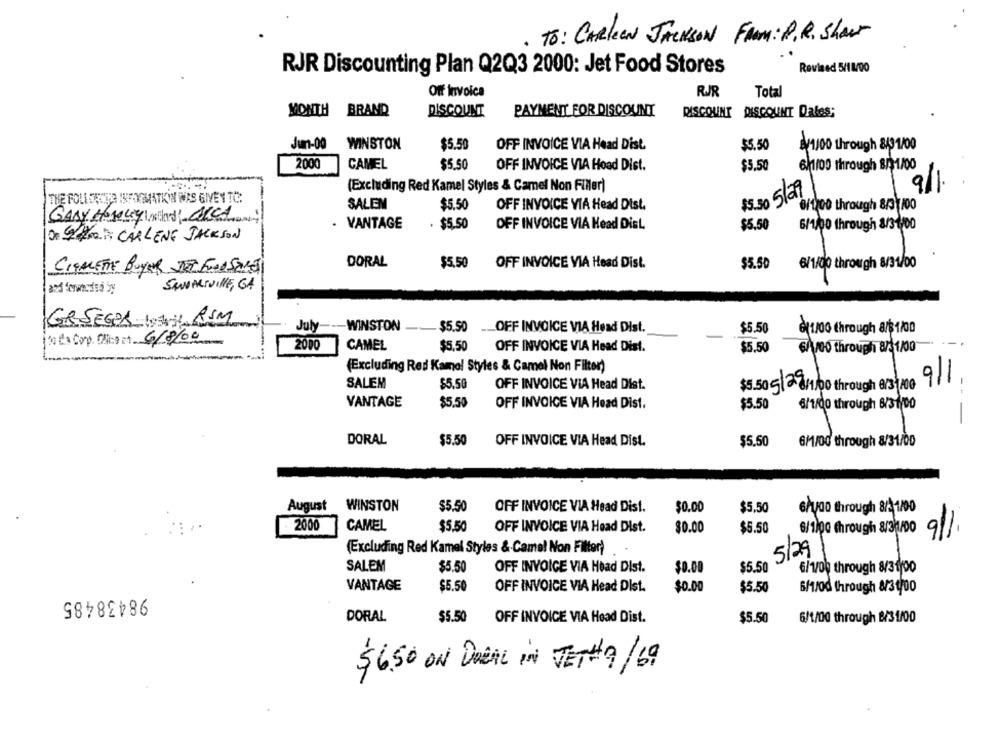
· TO: CARlean Jackson FROM: P.R. Show
RJR Discounting Plan Q2Q3 2000: Jet Food Stores
Revised 5/11/00
Off invoice
RJR
Total
MONTH BRAND
DISCOUNT
PAYMENT FOR DISCOUNT
DISCOUNT DISCOUNT Dales;
Jum-00
WINSTON
$5.50
OFF INVOICE VIA Head Dist.
$5,50
8/1100 through 8/31/00
2000
CAMEL
$5.50
OFF INVOICE VIA Head Dist.
$5.50
6/1100 through 8/1/00
(Excluding Red Kamel Styles & Camel Non Filler)
THE POLLDESSA INEINEMATKIN WAS GIVEN TO.
Slag
SALEM
$5.50
OFF INVOICE VIA Head Dist.
8/1700 through 8/31/00
GARY HONGy UCL
. VANTAGE
. $5.50
OFF INVOICE VIA Head Dist.
$5.50
6/1/00 through 8/31,00
DE ERROR CARLENE JACKSON
DORAL
$5.50
OFF INVOICE VIA Head Dist.
$5.50
6/1/00 through 8/31/00
CIGARETTE BUYER JET FOOD STRET
SAMARIVILLE, GA
GRSEGER 1; RSM
July
WINSTON
$5.50 __ OFF INVOICE VIA Head Dist.
$5.50
611/00 through a/$1/00
to do Corp. Cliche at 6/8/00
2000
CAMEL
$5.50
OFF INVOICE VIA Head Dist.
$5.50
6/100 through 8/1/00
(Excluding Red Kamal Styles & Camel Non Filter)
SALEM
$5.50
OFF INVOICE VIA Head Dist.
$5.50 5/ 2 01/00 through 6/3 /00
--
VANTAGE
$5.50
OFF INVOICE VIA Head Dist.
$5.50
6/1/00 through 8/31/00
-
DORAL
$5.50
OFF INVOICE VIA Head Dist.
$5.50
6/1/00 through 8/31/00
August
WINSTON
$5.50
OFF INVOICE VIA Head Dist.
$0.00
$5.50
6/100 through 8/ 1/00
2000
CAMEL
$5.50
OFF INVOICE VIA Head Dist.
$0.00
$5.50
6/1/00 through 8/31/00
(Excluding Red Kamel Styles & Camel Non Filter)
5/29
$5.50
SALEN
$5.50
OFF INVOICE VIA Head Dist.
$0.00
6/1/00 through 8/31/00
VANTAGE
$5.50
98438485
OFF INVOICE VIA Head Dist.
$0.00
$5.50
6/1/00 through 8/3 1/00
DORAL
$5.50
OFF INVOICE VIA Head Dist.
$5.50
6/1/00 through 8/31/00
$6.50 ON DUCAL IN JET#9/69